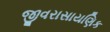
જીવરાસાયણિક